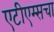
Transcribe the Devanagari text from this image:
एटीएम्सचा